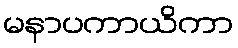
မနာပကာယိကာ